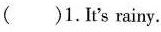
()1.It's rainy。